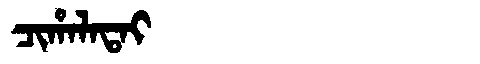
Manchu: ᠴᡳᡥᠠᠯᠠᡨᠠᡳ
Romanization: CIHALATAI